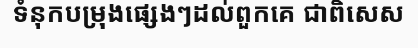
ទំនុកបម្រុងផ្សេងៗដល់ពួកគេ ជាពិសេស